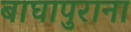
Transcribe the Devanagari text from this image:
बाघापुराना